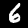
Label: 6